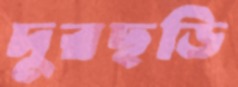
দুরছড়ি